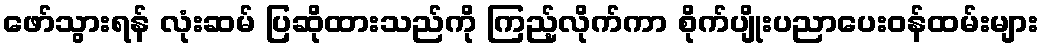
ဖော်သွားရန် လုံးဆမ် ပြဆိုထားသည်ကို ကြည့်လိုက်ကာ စိုက်ပျိုးပညာပေးဝန်ထမ်းများ